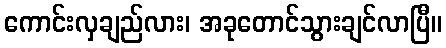
ကောင်းလှချည်လား၊ အခုတောင်သွားချင်လာပြီ။